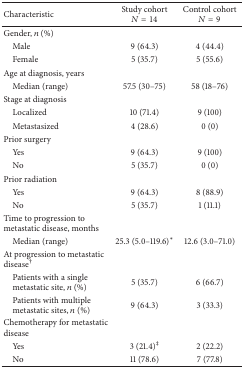
<table><thead><tr><td><b>Characteristic</b></td><td><b>Study cohort<i>N</i> = 14</b></td><td><b>Control cohort<i>N</i> = 9</b></td></tr></thead><tbody><tr><td>Gender, <i>n</i> (%)</td><td> </td><td> </td></tr><tr><td> Male</td><td>9 (64.3)</td><td>4 (44.4)</td></tr><tr><td> Female</td><td>5 (35.7)</td><td>5 (55.6)</td></tr><tr><td>Age at diagnosis, years </td><td> </td><td> </td></tr><tr><td> Median (range)</td><td>57.5 (30–75)</td><td>58 (18–76)</td></tr><tr><td>Stage at diagnosis</td><td> </td><td> </td></tr><tr><td> Localized</td><td>10 (71.4)</td><td>9 (100)</td></tr><tr><td> Metastasized</td><td>4 (28.6)</td><td>0 (0)</td></tr><tr><td>Prior surgery</td><td> </td><td> </td></tr><tr><td> Yes</td><td>9 (64.3)</td><td>9 (100)</td></tr><tr><td> No</td><td>5 (35.7)</td><td>0 (0)</td></tr><tr><td>Prior radiation</td><td> </td><td> </td></tr><tr><td> Yes</td><td>9 (64.3)</td><td>8 (88.9)</td></tr><tr><td> No</td><td>5 (35.7)</td><td>1 (11.1)</td></tr><tr><td>Time to progression to metastatic disease, months</td><td> </td><td> </td></tr><tr><td> Median (range)</td><td>25.3 (5.0–119.6)<sup><i>∗</i></sup></td><td>12.6 (3.0–71.0)</td></tr><tr><td>At progression to metastatic disease<sup>†</sup></td><td> </td><td> </td></tr><tr><td> Patients with a singlemetastatic site, <i>n</i> (%)</td><td>5 (35.7)</td><td>6 (66.7)</td></tr><tr><td> Patients with multiplemetastatic sites, <i>n</i> (%)</td><td>9 (64.3)</td><td>3 (33.3)</td></tr><tr><td>Chemotherapy for metastatic disease</td><td> </td><td> </td></tr><tr><td> Yes</td><td>3 (21.4)<sup>‡</sup></td><td>2 (22.2)</td></tr><tr><td> No</td><td>11 (78.6)</td><td>7 (77.8)</td></tr></tbody></table>